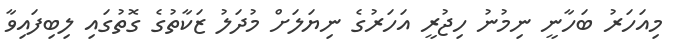
މިއަހަރު ބަހާނީ ނިމުނު ހިޖުރީ އަހަރުގެ ނިޔަލަށް މުދަލު ޒަކާތުގެ ގޮތުގައި ލިބިފައިވާ